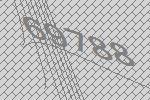
69788